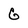
Character: G